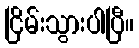
ငြိမ်းသွားပါပြီ။